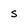
Character: s